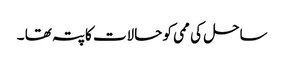
ساحل کی ممی کو حالات کاپتہ تھا ۔